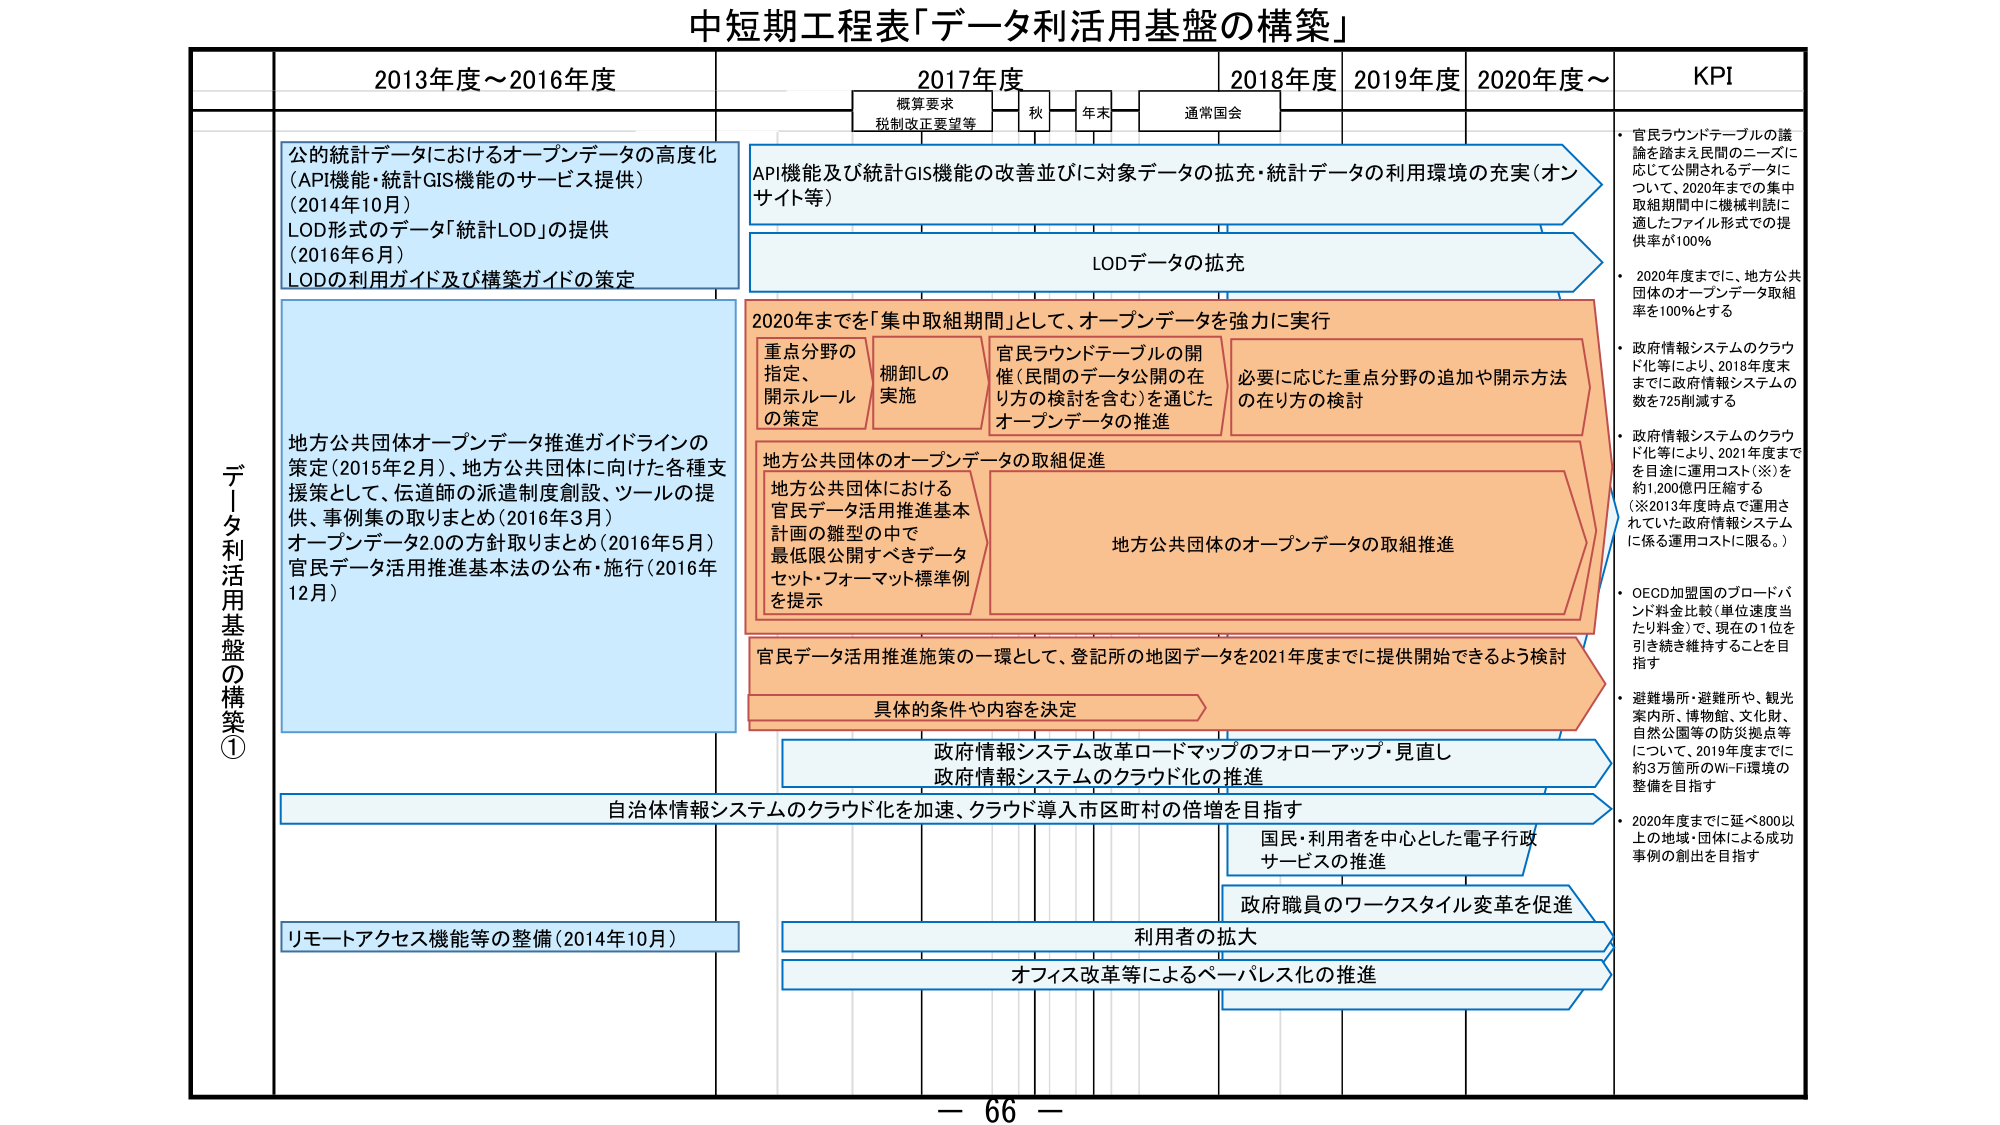
中短期工程表「データ利活用基盤の構築」

2013年度～2016年度
2017年度
2018年度
2019年度
2020年度～
KPI

概算要求
税制改正要望等
秋
年末
通常国会

データ利活用基盤の構築①

公的統計データにおけるオープンデータの高度化
（API機能・統計GIS機能のサービス提供）
（2014年10月）
LOD形式のデータ「統計LOD」の提供
（2016年6月）
LODの利用ガイド及び構築ガイドの策定

API機能及び統計GIS機能の改善並びに対象データの拡充・統計データの利用環境の充実（オンサイト等）

LODデータの拡充

2020年度までを「集中取組期間」として、オープンデータを強力に実行

重点分野の
指定、
開示ルール
の策定

棚卸しの
実施

官民ラウンドテーブルの開催（民間のデータ公開の在り方の検討を含む）を通じた
オープンデータの推進

必要に応じた重点分野の追加や開示方法の在り方の検討

地方公共団体のオープンデータの取組促進

地方公共団体における
官民データ活用推進基本
計画の雛型の中で
最低限公開すべきデータ
セット・フォーマット標準例
を提示

地方公共団体のオープンデータの取組推進

官民データ活用推進施策の一環として、登記所の地図データを2021年度までに提供開始できるよう検討

具体的条件や内容を決定

政府情報システム改革ロードマップのフォローアップ・見直し
政府情報システムのクラウド化の推進

自治体情報システムのクラウド化を加速、クラウド導入市区町村の倍増を目指す

リモートアクセス機能等の整備（2014年10月）

国民・利用者を中心とした電子行政
サービスの推進

政府職員のワークスタイル変革を促進

利用者の拡大

オフィス改革等によるペーパレス化の推進

・官民ラウンドテーブルの議論を踏まえ民間のニーズに応じて公開されるデータについて、2020年度までの集中取組期間中に機械判読に適したファイル形式での提供率が100％

・2020年度までに、地方公共団体のオープンデータ取組率を100％とする

・政府情報システムのクラウド化等により、2018年度末までに政府情報システムの数を725削減する

・政府情報システムのクラウド化等により、2021年度までを目途に運用コスト（※）を約1,200億円圧縮する
（※2013年度時点で運用されていた政府情報システムに係る運用コストに限る。）

・OECD加盟国のブロードバンド料金比較（単位速度当たり料金）で、現在の1位を引き続き維持することを目指す

・避難場所・避難所や、観光案内所、博物館、文化財、自然公園等の防災拠点等について、2019年度までに約3万箇所のWi-Fi環境の整備を目指す

・2020年度までに延べ800以上の地域・団体による成功事例の創出を目指す

－ 66 －